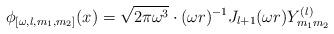
LaTeX: \begin{align*}\phi_{[\omega,l,m_1,m_2]}(x)=\sqrt{2\pi\omega^3}\cdot(\omega r)^{-1} J_{l+1}(\omega r)Y^{(l)}_{m_1m_2}\end{align*}